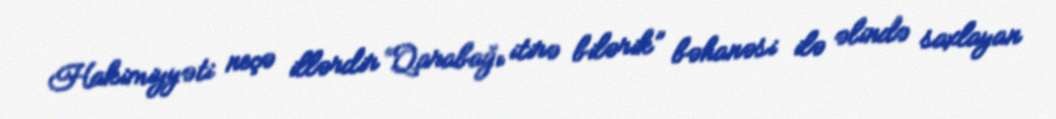
Hakimiyyəti neçə illərdir “Qarabağı itirə bilərik” bəhanəsi ilə əlində saxlayan